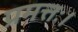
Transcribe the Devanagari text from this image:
प्रमत्तः।